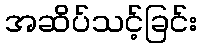
အဆိပ်သင့်ခြင်း